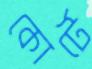
কোর্টে